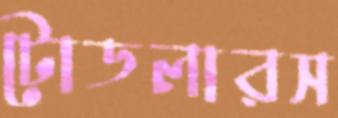
টোডলারস